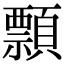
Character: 顠